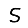
Digit: 5